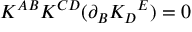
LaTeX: K ^ { A B } K ^ { C D } ( \partial _ { B } K _ { D } { } ^ { E } ) = 0